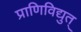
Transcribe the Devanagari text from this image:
प्राणिविद्युत्